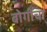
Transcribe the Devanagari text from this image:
बोगींचा